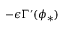
- \epsilon \Gamma ^ { \prime } ( \phi _ { * } )